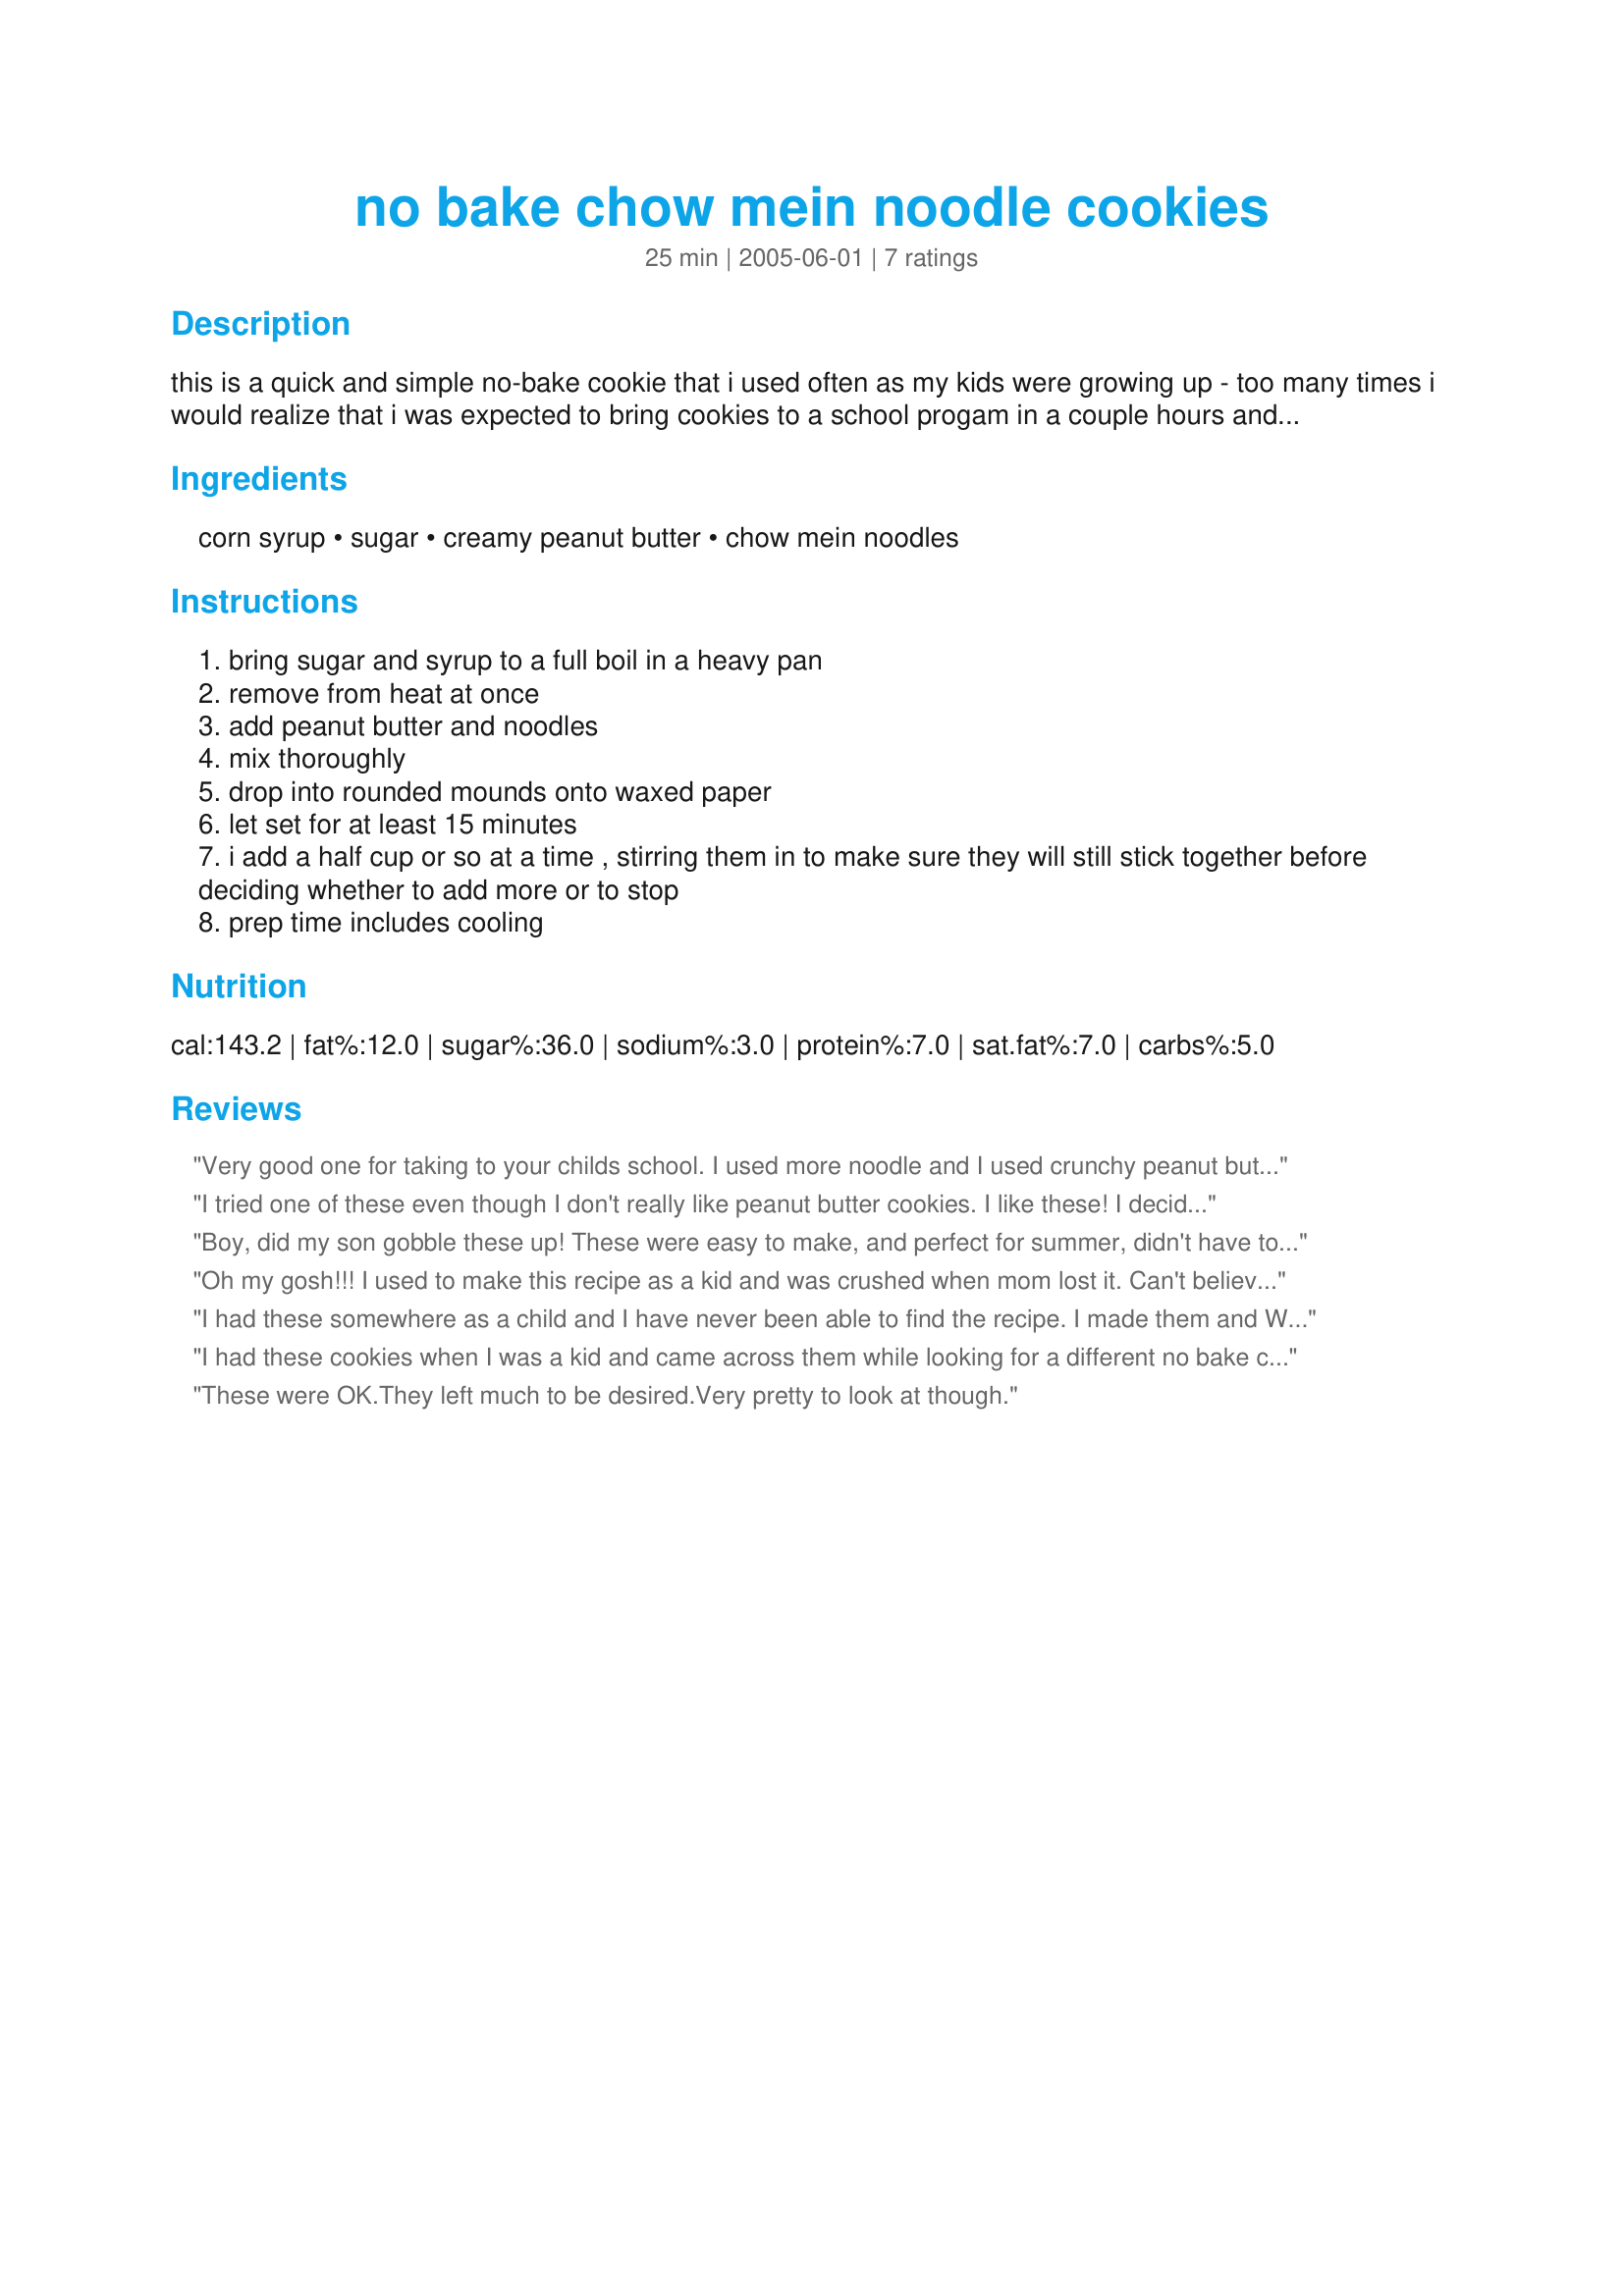
no bake chow mein noodle cookies
Preparation time: 25 minutes

this is a quick and simple no-bake cookie that i used often as my kids were growing up - too many times i would realize that i was expected to bring cookies to a school progam in a couple hours and had nothing prepared. there were never any left to bring home so i can tell you from experience that it is easily doubled and that tripled, i used exactly one 12 oz package of chow mein noodles! there are other chow mein noodle cookies on here but all that i found called for chips, this one does not.

Ingredients:
corn syrup, sugar, creamy peanut butter, chow mein noodles

Steps:
bring sugar and syrup to a full boil in a heavy pan
remove from heat at once
add peanut butter and noodles
mix thoroughly
drop into rounded mounds onto waxed paper
let set for at least 15 minutes
i add a half cup or so at a time , stirring them in to make sure they will still stick together before deciding whether to add more or to stop
prep time includes cooling

Reviews:
Very good one for taking to your childs school. I used more noodle and I used crunchy peanut butter. Next classroom event I got my cookie!
I tried one of these even though I don't really like peanut butter cookies. I like these! I decided to try them because they didn't contain any choc. chips, I found a winner. Thanx for making me a peanut butter cookie fan after all these years. Needless to say I went back and ate more than one.
Boy, did my son gobble these up! These were easy to make, and perfect for summer, didn't have to turn the oven on. Next time I will add more noodles as suggested for a more chunchier cookie, but even though mine were a little softer, (like fudge-yum) they were still good!
Thanks for posting.
Oh my gosh!!! I used to make this recipe as a kid and was crushed when mom lost it. Can't believe that I found it on the net!
I had these somewhere as a child and I have never been able to find the recipe. I made them and Wow! Exactly like I remembered them!
I had these cookies when I was a kid and came across them while looking for a different no bake cookie recipe. I could not resist making them. I added the recommended amount of noodles but I will increase that next time I make this. I like mine crunchy. Both of my boys love this, and my husband (who is very picky) liked them. Thanks.
These were OK.They left much to be desired.Very pretty to look at though.
